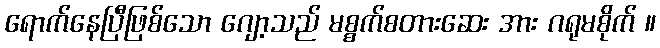
ရောက်နေပြီဖြစ်သော ဂျော့သည် မစ္စက်စတားဆေး အား ဂရုမစိုက် ။